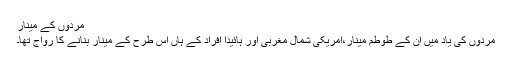
مْردوں کے مینار
مردوں کی یاد میں ان کے طوطم مینار،امریکی شمال مغربی اور ہائیدا افراد کے ہاں اس طرح کے مینار بنانے کا رواج تھا۔